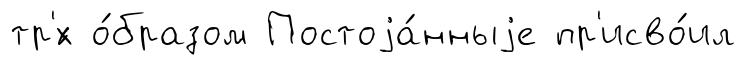
тр'́х о́бразом Постоjа́нныjе пр'исво́ил